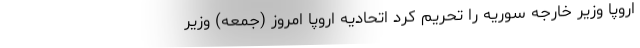
اروپا وزیر خارجه سوریه را تحریم کرد اتحادیه اروپا امروز (جمعه) وزیر